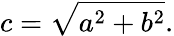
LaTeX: c={\sqrt{a^{2}+b^{2}}}.